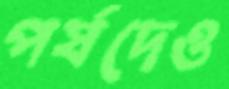
পর্ষদেও